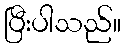
ပြီးပါသည်။